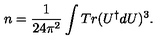
n = \frac { 1 } { 2 4 \pi ^ { 2 } } \int T r ( U ^ { \dagger } d U ) ^ { 3 } .